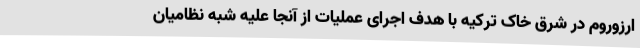
ارزوروم در شرق خاک ترکیه با هدف اجرای عملیات از آنجا علیه شبه نظامیان